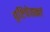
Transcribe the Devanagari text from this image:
दृष्टिचेतकां